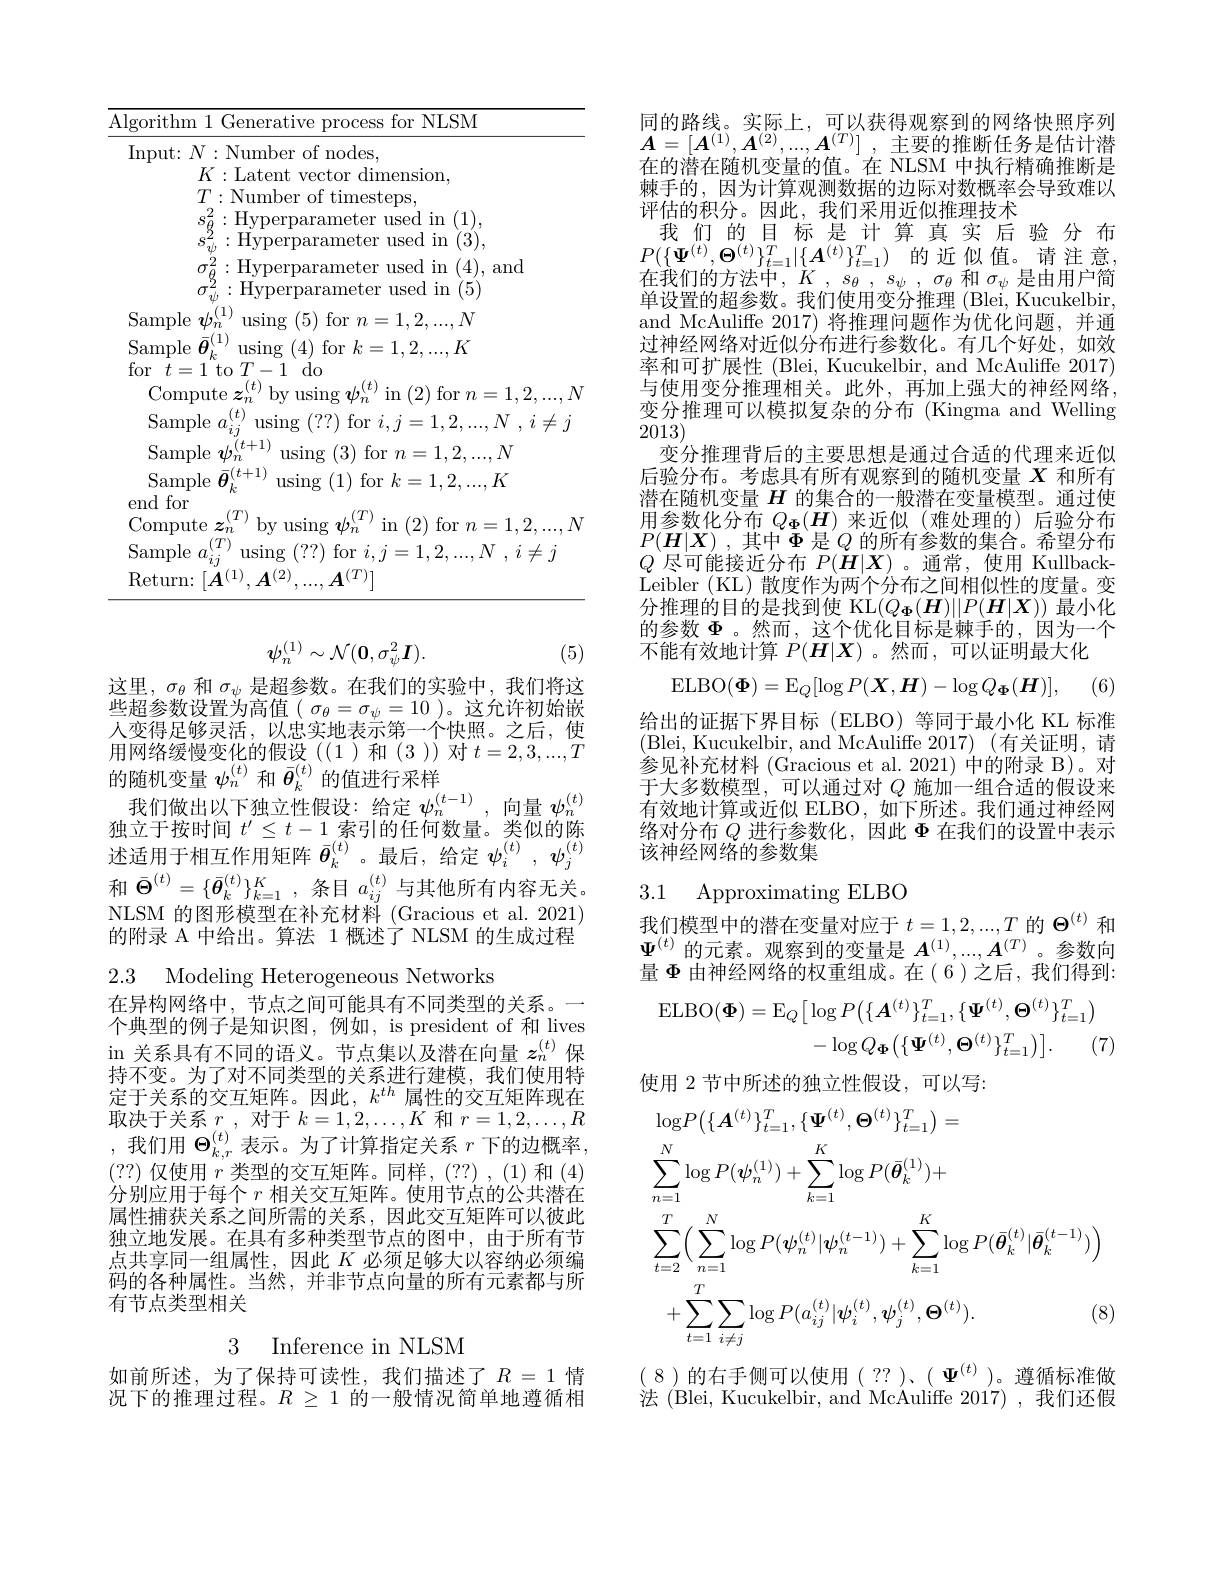
<table>
	<tbody>
		<tr>
			<td>$\overline{\mathrm{Al}}$ 1 1</td>
			<td>for NLSM -ithm</td>
		</tr>
		<tr>
			<td> </td>
			<td>rithm l Generative process for NLSM out: $N:$Number of nodes, $K:$Latent vector dimension, $T:$Number of timesteps, :Hyperparameter used in (1), Hyperparameter used in 1 (3), Hyperparameter used in (4), and</td>
		</tr>
		<tr>
			<td> </td>
			<td>out: $N:$Number of nodes, $K:$Latent vector dimension, $T:$Number of timesteps, :Hyperparameter used in 1 (1), Hyperparameter used in 1 (3), Hyperparameter used in ( 4) , and $EY$</td>
		</tr>
		<tr>
			<td> </td>
			<td>out: $N:$ Number of nodes, $K:$Latent vector dimension, $T:$Number of timesteps, :Hyperparameter used in (1), :Hyperparameter used in 1 (3), , Hyperparameter used in (4), and Hyperparameter used in ( 5) ,(1) mple 1 $\mathop{\mathrm{using~(5)~for~}}n=1.2\ldots$ $N$</td>
		</tr>
		<tr>
			<td> </td>
			<td>$T$ using (??) for $i,j=1,2,...,N$ $,i\neq j$ mple 1/1.</td>
		</tr>
		<tr>
			<td> </td>
			<td>$\boldsymbol{\Lambda}(1)$ 1(2) $11\boldsymbol{r\Upsilon}$ $(T).$</td>
		</tr>
	</tbody>
</table>
$$\psi_n^{(1)}\sim\mathcal{N}(\mathbf{0},\sigma_\psi^2\boldsymbol{I}).$$
(5)

这里，$\sigma_\theta$和$\sigma_\psi$是超参数。在我们的实验中，我们将这些超参数设置为高值($\sigma_\theta=\sigma_\psi=10)。这允许初始嵌$ 人变得足够灵活，以忠实地表示第一个快照。之后，使用网络缓慢变化的假设((1 )和(3))对$t=2,3,...,T$ 的随机变量$\psi_n^{(t)}$和$\bar{\boldsymbol{\theta}}_k^{(t)}$的值进行采样
我们做出以下独立性假设：给定$\psi_n^{(t-1)}$,向量$\psi_n^{(t)}$ 独立于按时间$t^\prime\leq t-1$索引的任何数量。类似的陈述适用于相互作用矩阵$\bar{\boldsymbol{\theta}}_k^{(t)}$。最后，给定$\psi_i^{(t)},\psi_j^{(t)}$ 和$\bar{\Theta}^{(t)}=\{\bar{\boldsymbol{\theta}}_k^{(t)}\}_{k=1}^K$,条目$a_ij^{(t)}$与其他所有内容无关。NLSM 的图形模型在补充材料 (Gracious et al. 2021) 的附录 A 中给出。算法 1 概述了 NLSM 的生成过程2.3 Modeling Heterogeneous Networks

在异构网络中，节点之间可能具有不同类型的关系。一个典型的例子是知识图，例如，is president of 和 lives in 关系具有不同的语义。节点集以及潜在向量$z_n^{(t)}$保持不变。为了对不同类型的关系进行建模，我们使用特定于关系的交互矩阵。因此$,k^{th}$属性的交互矩阵现在取决于关系$r$,对于$k=1,2,\ldots,K$和$r=1,2,\ldots,R$ ,我们用$\Theta_k,r^{(t)}$表示。为了计算指定关系$r$下的边概率， (??)仅使用$r$类型的交互矩阵。同样，(??),(1)和(4) 分别应用于每个$r$相关交互矩阵。使用节点的公共潜在属性捕获关系之间所需的关系，因此交互矩阵可以彼此独立地发展。在具有多种类型节点的图中，由于所有节点共享同一组属性，因此$K$必须足够大以容纳必须编码的各种属性。当然，并非节点向量的所有元素都与所有节点类型相关
3 Inference in NLSM
如前所述，为了保持可读性，我们描述了$R=1$情

况下的推理过程。$R\geq1$的一般情况简单地遵循相

同的路线。实际上，可以获得观察到的网络快照序列$\boldsymbol{A}= [ \boldsymbol{A}^{( 1) }, \boldsymbol{A}^{( 2) }, . . . , \boldsymbol{A}^{( T) }]$ ,主要的推断任务是估计潜在的潜在随机变量的值。在 NLSM 中执行精确推断是棘手的，因为计算观测数据的边际对数概率会导致难以评估的积分。因此，我们采用近似推理技术
我们的目标是计算真实后验分布$P( \{ \Psi ^{( t) }, \Theta ^{( t) }\} _{t= 1}^{T}| \{ \boldsymbol{A}^{( t) }\} _{t= 1}^{T})$ 的近似值。请注意， 在我们的方法中，$K,s_\theta,s_\psi,\sigma_\theta$和$\sigma_\psi$是由用户简单设置的超参数。我们使用变分推理 (Blei, Kucukelbir, and McAuliffe 2017)将推理问题作为优化问题，并通过神经网络对近似分布进行参数化。有几个好处，如效率和可扩展性 (Blei, Kucukelbir, and McAuliffe 2017) 与使用变分推理相关。此外，再加上强大的神经网络变分推理可以模拟复杂的分布(Kingma and Welling 2013)
变分推理背后的主要思想是通过合适的代理来近似后验分布。考虑具有所有观察到的随机变量$X$和所有潜在随机变量$H$的集合的一般潜在变量模型。通过使用参数化分布$Q_\Phi(H)$来近似(难处理的)后验分布$P( \boldsymbol{H}| \boldsymbol{X})$ ,其中$\Phi$是$Q$的所有参数的集合。希望分布$Q$尽可能接近分布$P(\dot{\boldsymbol{H}}|\boldsymbol{X})$。通常，使用 KullbackLeibler ( KL) 散度作为两个分布之间相似性的度量。变分推理的目的是找到使 KL$(Q_{\Phi}(\boldsymbol{H})||P(\boldsymbol{H}|\boldsymbol{X}))$最小化的参数$\Phi$ 。然而，这个优化目标是棘手的，因为一个不能有效地计算$P(\boldsymbol{H}|\boldsymbol{X})$ 。然而，可以证明最大化
$$\mathrm{ELBO}(\boldsymbol{\Phi})=\mathrm{E}_Q[\log P(\boldsymbol{X},\boldsymbol{H})-\log Q_\Phi(\boldsymbol{H})],$$
(6)

给出的证据下界目标(ELBO)等同于最小化 KL 标准(Blei, Kucukelbir, and McAuliffe 2017)(有关证明，请参见补充材料 (Gracious et al. 2021) 中的附录 B)。对于大多数模型，可以通过对$Q$施加一组合适的假设来有效地计算或近似 ELBO, 如下所述。我们通过神经网络对分布$Q$进行参数化，因此$\Phi$在我们的设置中表示该神经网络的参数集

# 3.1 Approximating ELBO

我们模型中的潜在变量对应于$t=1,2,...,T$的$\Theta^{(t)}$和$\Psi^{(t)}$的元素。观察到的变量是$A^{(1)},...,A^{(T)}$。参数向量$\Phi$由神经网络的权重组成。在(6)之后，我们得到
$$\begin{aligned}\operatorname{ELBO}(\boldsymbol{\Phi})&=\operatorname{E}_{Q}\big[\log P\big(\{A^{(t)}\}_{t=1}^{T},\{\Psi^{(t)},\Theta^{(t)}\}_{t=1}^{T}\big)\\&-\log Q_{\Phi}\big(\{\Psi^{(t)},\Theta^{(t)}\}_{t=1}^{T}\big)\big].\quad(7)\end{aligned}$$
使用 2 节中所述的独立性假设，可以写：
$$\begin{aligned}&\log P\big(\{\boldsymbol{A}^{(t)}\}_{t=1}^{T},\{\boldsymbol{\Psi}^{(t)},\boldsymbol{\Theta}^{(t)}\}_{t=1}^{T}\big)=\\&\sum_{n=1}^{N}\log P(\boldsymbol{\psi}_{n}^{(1)})+\sum_{k=1}^{K}\log P(\bar{\boldsymbol{\theta}}_{k}^{(1)})+\\&\sum_{t=2}^{T}\Big(\sum_{n=1}^{N}\log P(\boldsymbol{\psi}_{n}^{(t)}|\boldsymbol{\psi}_{n}^{(t-1)})+\sum_{k=1}^{K}\log P(\bar{\boldsymbol{\theta}}_{k}^{(t)}|\bar{\boldsymbol{\theta}}_{k}^{(t-1)})\Big)\\&+\sum_{t=1}^{T}\sum_{i\neq j}\log P(a_{ij}^{(t)}|\boldsymbol{\psi}_{i}^{(t)},\boldsymbol{\psi}_{j}^{(t)},\boldsymbol{\Theta}^{(t)}).&\text{(8)}\end{aligned}$$
(8)的右手侧可以使用(??),$(\Psi^{(t)})$。遵循标准做法 (Blei, Kucukelbir, and McAuliffe 2017) ,我们还假